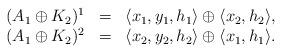
LaTeX: \begin{align*}\begin{array}{llllllllll}(A_1 \oplus K_2)^1&=& \langle x_1, y_1, h_1 \rangle \oplus \langle x_2, h_2 \rangle, \\(A_1 \oplus K_2)^2&=& \langle x_2, y_2, h_2 \rangle \oplus \langle x_1, h_1 \rangle.\end{array}\end{align*}